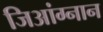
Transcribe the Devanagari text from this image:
जिआंग्नान